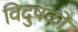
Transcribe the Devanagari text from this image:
विदुषकों